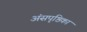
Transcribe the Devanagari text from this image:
अंसपृष्ठिका